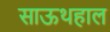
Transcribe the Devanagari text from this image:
साऊथहाल